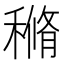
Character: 𥠿